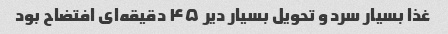
غذا بسیار سرد و تحویل بسیار دیر ۴۵ دقیقه‌ای افتضاح بود